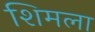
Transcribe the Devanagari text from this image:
शिमला